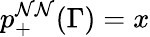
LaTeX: p_{+}^{\mathcal{N}\mathcal{N}}(\Gamma)=x